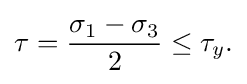
\tau ={\frac {\sigma _{1}-\sigma _{3}}{2}}\leq \tau _{y}.\,\!